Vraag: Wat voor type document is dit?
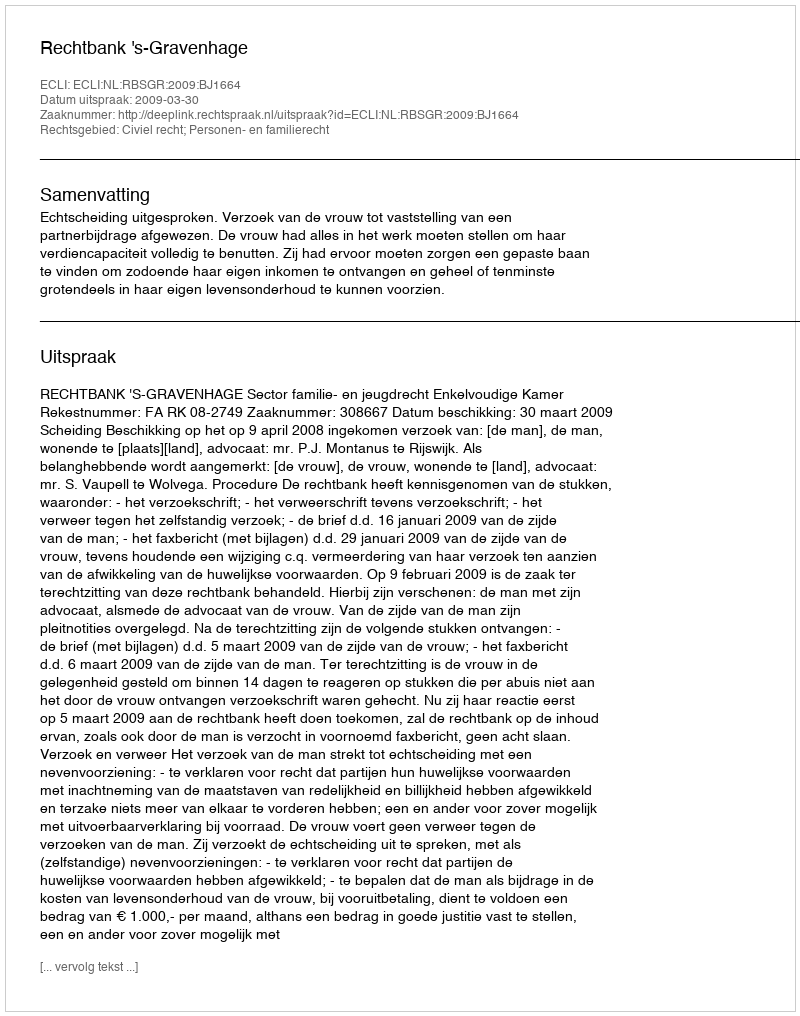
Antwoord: Uitspraak